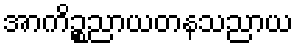
အာကိဉ္စညာယတနသညာယ